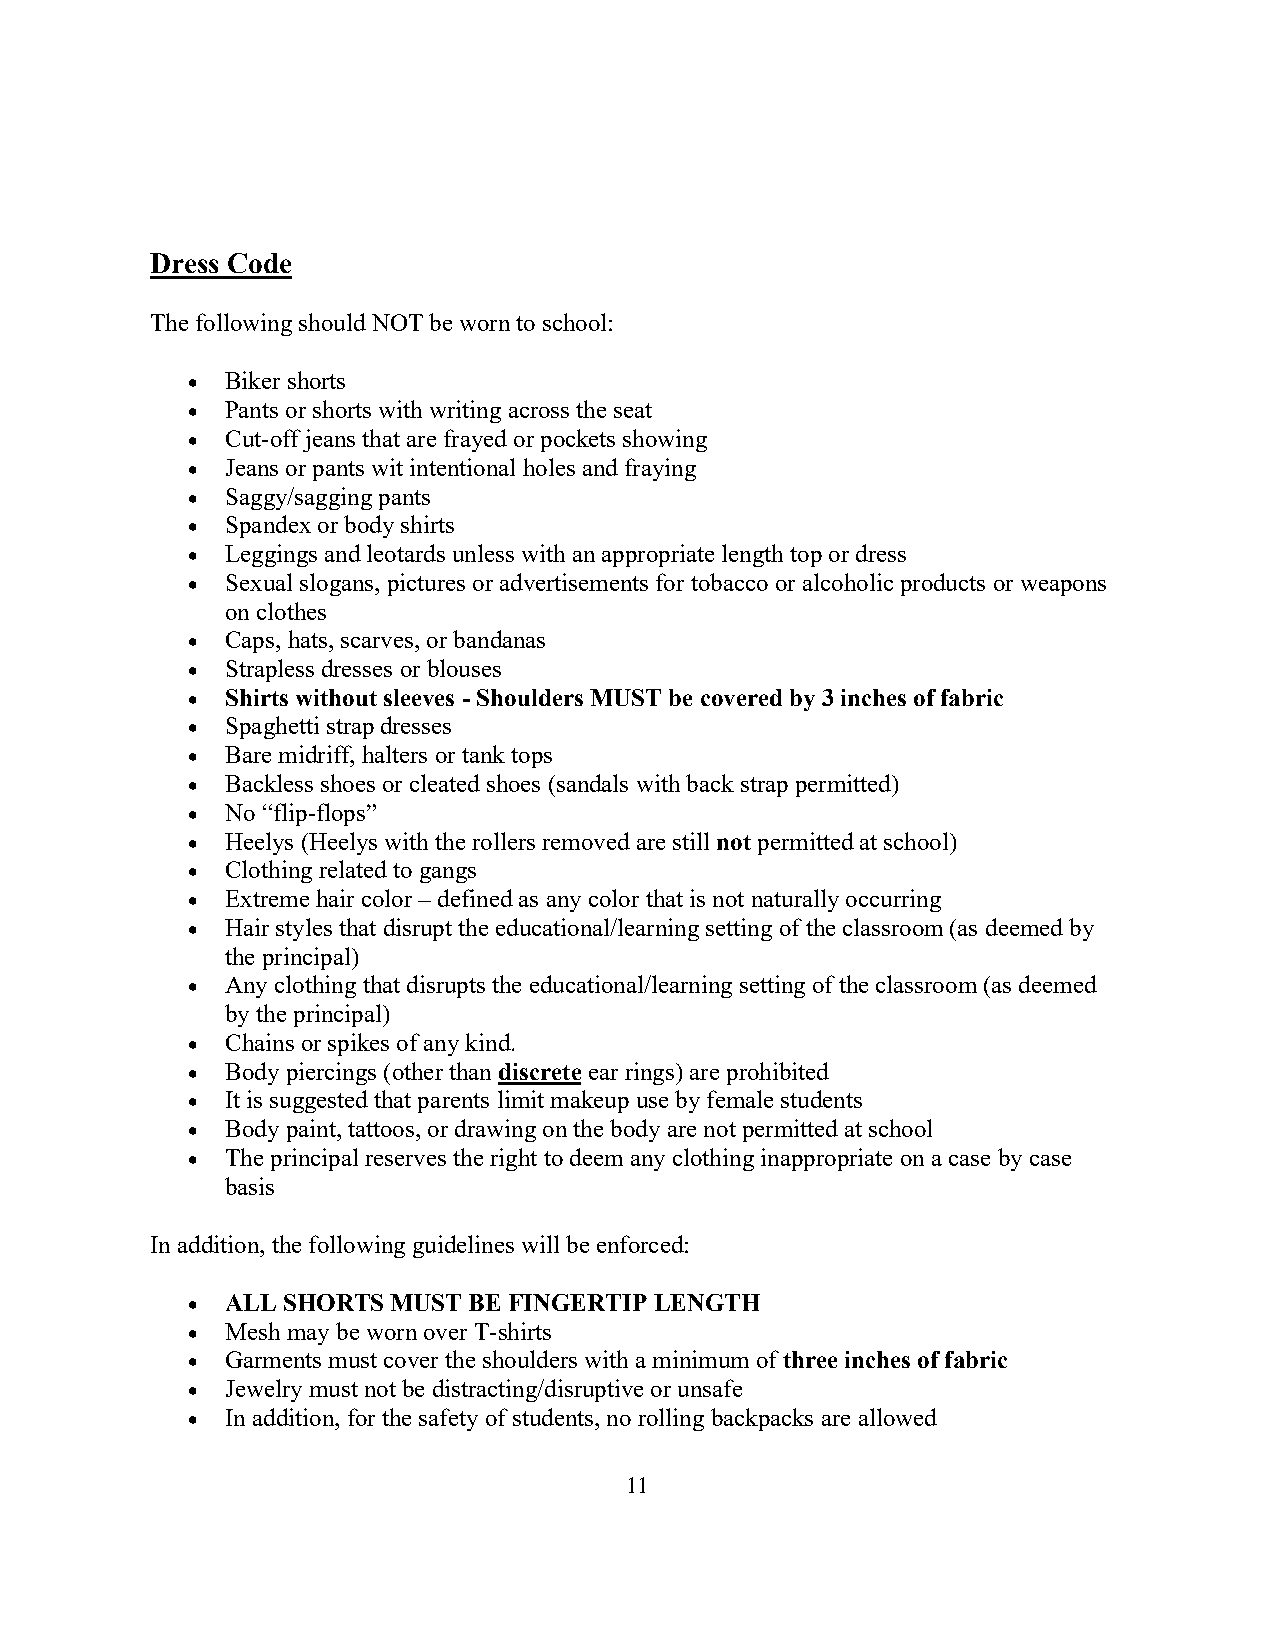
Dress Code
 The following should NOT be worn to school:
 •  Biker shorts
 •  Pants or shorts with writing across the seat
 •  Cut-off jeans that are frayed or pockets showing
 •  Jeans or pants wit intentional holes and fraying
 •  Saggy/sagging pants
 •  Spandex or body shirts
 •  Leggings and leotards unless with an appropriate length top or dress
 •  Sexual slogans, pictures or advertisements for tobacco or alcoholic products or weapons
 on clothes
 •  Caps, hats, scarves, or bandanas
 •  Strapless dresses or blouses
 •  Shirts without sleeves - Shoulders MUST be covered by 3 inches of fabric
 •  Spaghetti strap dresses
 •  Bare midriff, halters or tank tops
 •  Backless shoes or cleated shoes (sandals with back strap permitted)
 •  No “flip-flops”
 •  Heelys (Heelys with the rollers removed are still not permitted at school)
 •  Clothing related to gangs
 •  Extreme hair color – defined as any color that is not naturally occurring
 •  Hair styles that disrupt the educational/learning setting of the classroom (as deemed by
 the principal)
 •  Any clothing that disrupts the educational/learning setting of the classroom (as deemed
 by the principal)
 •  Chains or spikes of any kind.
 •  Body piercings (other than discrete ear rings) are prohibited
 •  It is suggested that parents limit makeup use by female students
 •  Body paint, tattoos, or drawing on the body are not permitted at school
 •  The principal reserves the right to deem any clothing inappropriate on a case by case
 basis
 In addition, the following guidelines will be enforced:
 •  ALL SHORTS MUST BE FINGERTIP LENGTH
 •  Mesh may be worn over T-shirts
 •  Garments must cover the shoulders with a minimum of three inches of fabric
 •  Jewelry must not be distracting/disruptive or unsafe
 •  In addition, for the safety of students, no rolling backpacks are allowed
 11